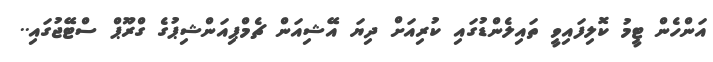
އަންހެން ޓީމު ކޮލިފައިވީ ތައިލެންޑުގައި ކުރިއަށް ދިޔަ އޭޝިއަން ޗެމްޕިއަންޝިޕުގެ ގްރޫޕް ސްޓޭޖުގައި..